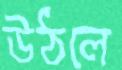
উঠলে